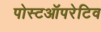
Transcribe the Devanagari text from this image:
पोस्टऑपरेटिव